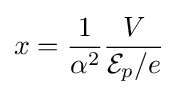
x={\frac {1}{\alpha ^{2}}}{\frac {V}{{\mathcal {E}}_{p}/e}}